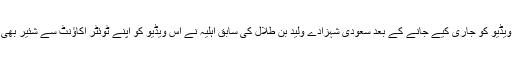
اس ویڈیو کو جاری کیے جانے کے بعد سعودی شہزادے ولید بن طلال کی سابق اہلیہ نے اس ویڈیو کو اپنے ٹوئٹر اکاؤنٹ سے شئیر بھی کیا۔